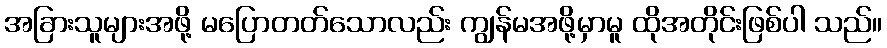
အခြားသူများအဖို့ မပြောတတ်သောလည်း ကျွန်မအဖို့မှာမူ ထိုအတိုင်းဖြစ်ပါ သည်။